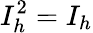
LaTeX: I_{h}^{2}=I_{h}